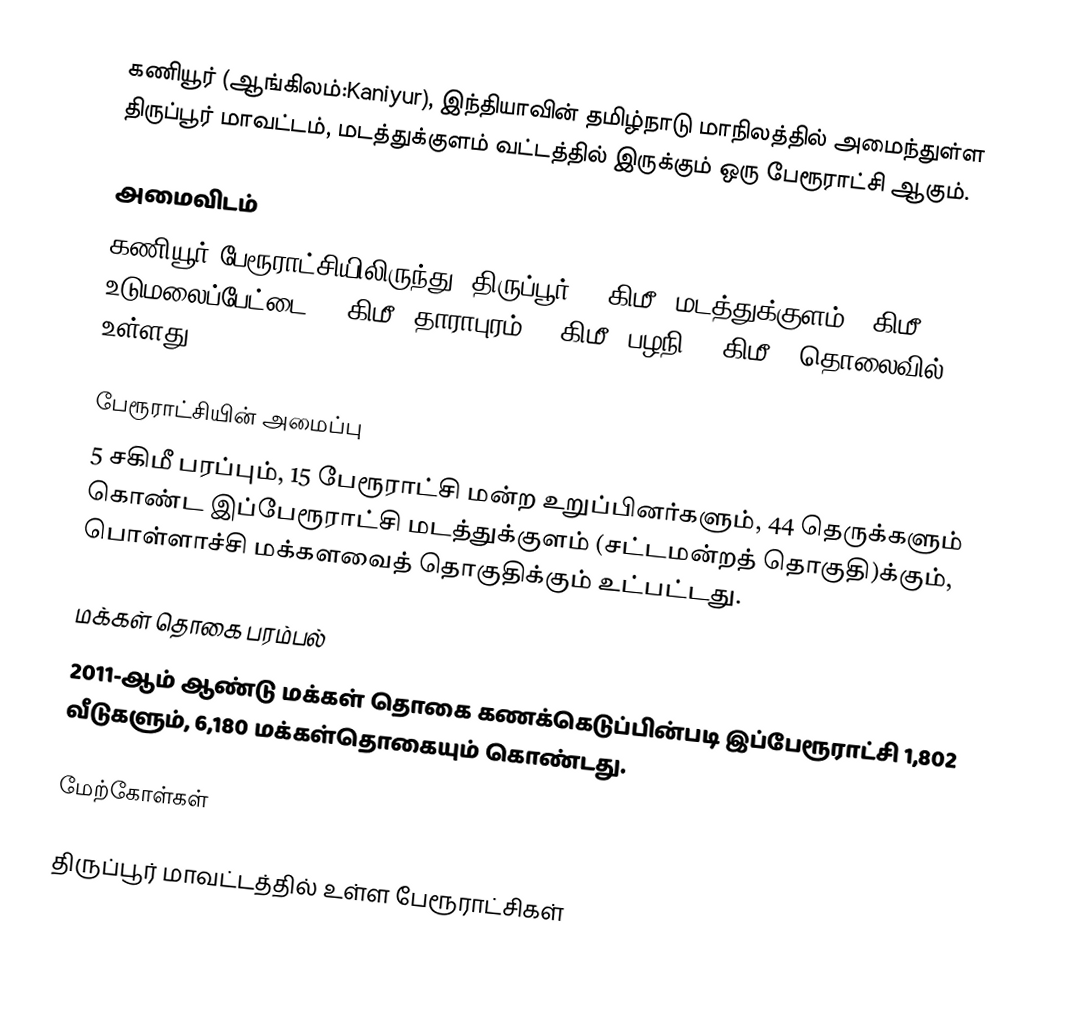
கணியூர் (ஆங்கிலம்:Kaniyur), இந்தியாவின் தமிழ்நாடு மாநிலத்தில் அமைந்துள்ள திருப்பூர் மாவட்டம், மடத்துக்குளம் வட்டத்தில் இருக்கும் ஒரு பேரூராட்சி ஆகும்.

அமைவிடம்
கணியூர் பேரூராட்சியிலிருந்து, திருப்பூர்  75 கிமீ; மடத்துக்குளம் 5 கிமீ; உடுமலைப்பேட்டை 18 கிமீ; தாராபுரம் 23 கிமீ; பழநி 35 கிமீ., தொலைவில் உள்ளது.

பேரூராட்சியின் அமைப்பு
5 சகிமீ பரப்பும், 15 பேரூராட்சி மன்ற உறுப்பினர்களும், 44 தெருக்களும்  கொண்ட இப்பேரூராட்சி  மடத்துக்குளம் (சட்டமன்றத் தொகுதி)க்கும், பொள்ளாச்சி மக்களவைத் தொகுதிக்கும் உட்பட்டது.

மக்கள் தொகை பரம்பல்
2011-ஆம் ஆண்டு மக்கள் தொகை கணக்கெடுப்பின்படி  இப்பேரூராட்சி    1,802    வீடுகளும்,  6,180 மக்கள்தொகையும் கொண்டது.

மேற்கோள்கள்

திருப்பூர் மாவட்டத்தில் உள்ள பேரூராட்சிகள்